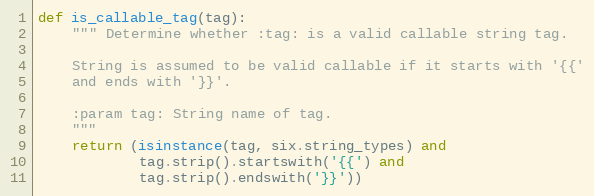
Language: Python
def is_callable_tag(tag):
    """ Determine whether :tag: is a valid callable string tag.

    String is assumed to be valid callable if it starts with '{{'
    and ends with '}}'.

    :param tag: String name of tag.
    """
    return (isinstance(tag, six.string_types) and
            tag.strip().startswith('{{') and
            tag.strip().endswith('}}'))